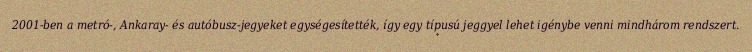
2001-ben a metró-, Ankaray- és autóbusz-jegyeket egységesítették, így egy típusú jeggyel lehet igénybe venni mindhárom rendszert.